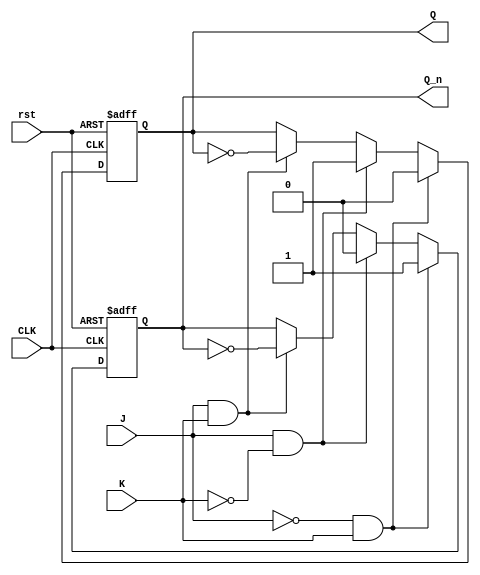
module JKFlipFlop(
	input CLK,
	input J,
	input K,
	input rst,
	output reg Q,
	output reg Q_n
);

always @(posedge CLK or posedge rst) begin
	if (rst) begin
		Q <= 1'b0;		
		Q_n <= 1'b1;
	end
	else begin
		if (!J && K) begin
			Q <= 1'b0;
			Q_n <= 1'b1;
		end
		else if (J && !K) begin
			Q <= 1'b1;
			Q_n <= 1'b0;
		end
		else if (J && K) begin
			Q <= ~Q;	
			Q_n <= ~Q_n;
		end
	end
end

endmodule